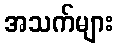
အသက်များ